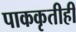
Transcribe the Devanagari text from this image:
पाककृतीही